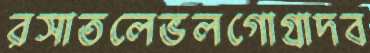
রসাতলেভলগোগ্রাদব